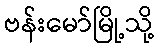
ဗန်းမော်မြို့သို့